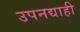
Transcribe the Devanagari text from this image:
उपनद्याही